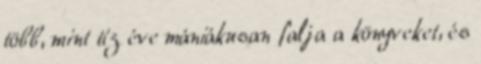
több, mint tíz éve mániákusan falja a könyveket, és